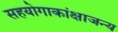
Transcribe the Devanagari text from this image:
सहयोगाकांक्षाजन्य